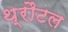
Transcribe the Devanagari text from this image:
थ्रौटल